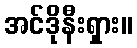
အင်ဒိုနီးရှား။